Civil Veterinary Department Bihar reports 1940-50 - 1940-1950
Year: 1940
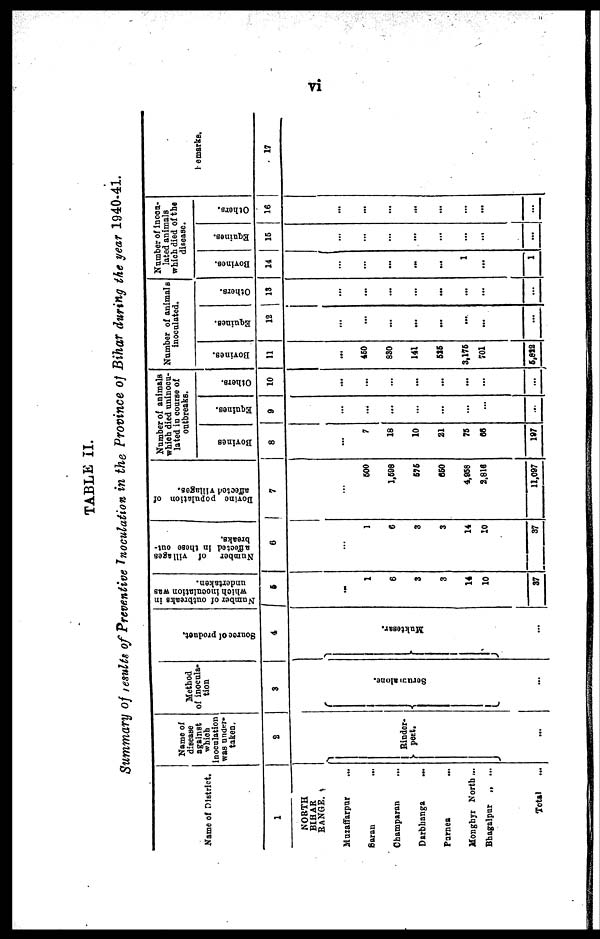
vi
TABLE II.
Summary of results of Preventive Inoculation in the Province of Bihar during the year 1940-41.
Name of District.
1
NORTH
BIHAR
RANGE.
Muzaffarpur ...
Saran …
Champaran ...
Darbhanga ...
Parnea ...
Monghyr North ...
Bhagalpar „ ...
Total …
Name of
disease
against
which
inoculation
was under-
taken.
2
Rinder-
pest.
...
Method
of inocula-
tion
3
Serum alone.
...
Source of product.
4
Muktesar.
...
Number of outbreaks in
which inoculation was
undertaken.
5
…
1
6
3
3
14
10
37
Number of villages
affected in these out-
breaks.
6
…
1
6
3
3
14
10
37
Bovine
population of
affected villages.
7
…
600
1,698
676
650
4,658
2,816
11,097
Number of animals
which died uninocu-
lated in course of
outbreaks.
Bovines
8
...
7
18
10
21
76
60
197
Equines.
9
…
…
…
...
...
…
…
...
Others.
10
...
...
…
...
...
...
…
…
Number of animals
inoculated.
Bovines.
11
...
460
830
141
525
3,175
701
5,822
Equines.
12
…
...
…
...
…
...
...
...
Others.
13
…
...
…
-
...
...
...
…
Number of inocu-
lated animals
which died of the
disease.
Bovines.
14
…
…
…
...
...
1
...
1
Equines.
15
…
…
…
...
…
...
...
...
Others.
16
...
...
…
...
...
...
…
...
Remarks.
17